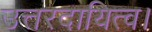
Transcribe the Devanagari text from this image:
उत्तरदायित्व।